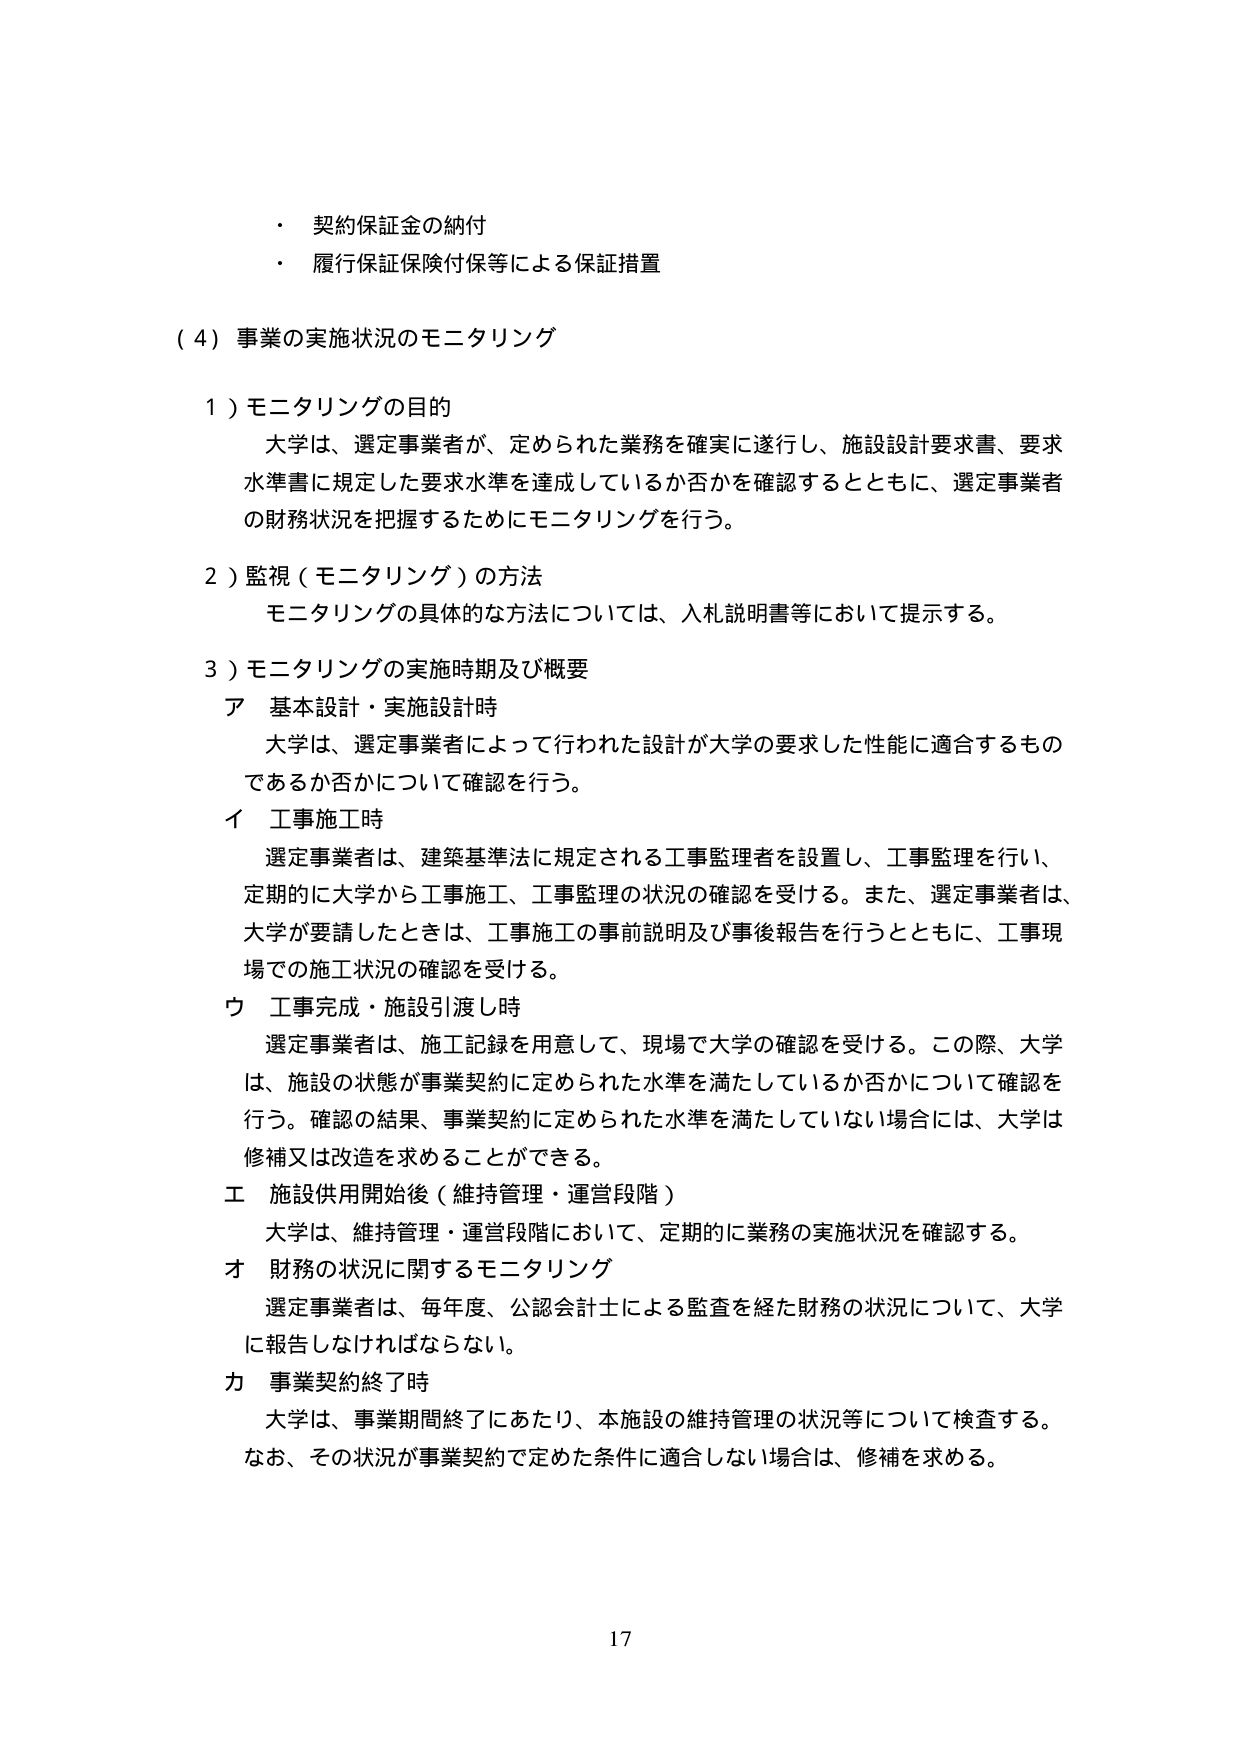
・ 契約保証金の納付
・ 履行保証保険付保等による保証措置

（４）事業の実施状況のモニタリング

１）モニタリングの目的
大学は、選定事業者が、定められた業務を確実に遂行し、施設設計要求書、要求水準書に規定した要求水準を達成しているか否かを確認するとともに、選定事業者の財務状況を把握するためにモニタリングを行う。

２）監視（モニタリング）の方法
モニタリングの具体的な方法については、入札説明書等において提示する。

３）モニタリングの実施時期及び概要
ア 基本設計・実施設計時
大学は、選定事業者によって行われた設計が大学の要求した性能に適合するものであるか否かについて確認を行う。

イ 工事施工時
選定事業者は、建築基準法に規定される工事監理者を設置し、工事監理を行い、定期的に大学から工事施工、工事監理の状況の確認を受ける。また、選定事業者は、大学が要請したときは、工事施工の事前説明及び事後報告を行うとともに、工事現場での施工状況の確認を受ける。

ウ 工事完成・施設引渡し時
選定事業者は、施工記録を用意して、現場で大学の確認を受ける。この際、大学は、施設の状態が事業契約に定められた水準を満たしているか否かについて確認を行う。確認の結果、事業契約に定められた水準を満たしていない場合には、大学は修補又は改造を求めることができる。

エ 施設供用開始後（維持管理・運営段階）
大学は、維持管理・運営段階において、定期的に業務の実施状況を確認する。

オ 財務の状況に関するモニタリング
選定事業者は、毎年度、公認会計士による監査を経た財務の状況について、大学に報告しなければならない。

カ 事業契約終了時
大学は、事業期間終了にあたり、本施設の維持管理の状況等について検査する。なお、その状況が事業契約で定めた条件に適合しない場合は、修補を求める。

17